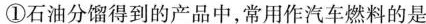
①石油分馏得到的产品中，常用作汽车燃料的是